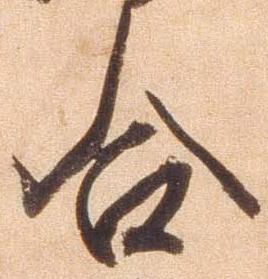
合